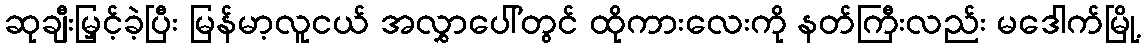
ဆုချီးမြှင့်ခဲ့ပြီး မြန်မာ့လူငယ် အလွှာပေါ်တွင် ထိုကားလေးကို နတ်ကြီးလည်း မဒေါက်မြို့